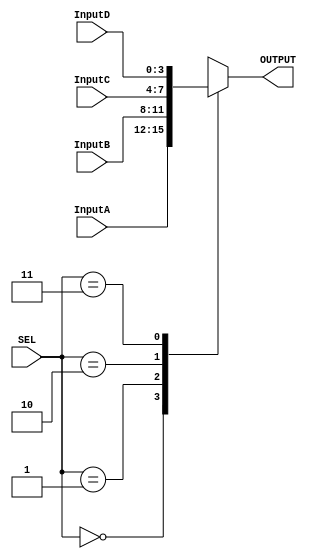
//-----------------------------------------------------------------------------
//University: OIT - CSET
//Class: CST 231
//Lab:Lab 1
//Project: Multiplexed Display
//
//Dependancies:none
//-----------------------------------------------------------------------------
//DISCRIPTION:a generic 4->1 latch where each input and output is 4 wide
//-----------------------------------------------------------------------------
module MUX4_1x4
	(
		input		[1:0]	SEL,
		input		[3:0]	InputA,
							InputB,
							InputC,
							InputD,
		output	reg	[3:0]	OUTPUT
	);

always@(*)
	case(SEL)
		2'd0: OUTPUT = InputA;
		2'd1: OUTPUT = InputB;
		2'd2: OUTPUT = InputC;
		2'd3: OUTPUT = InputD;
	endcase
endmodule